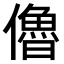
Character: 𠐔